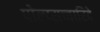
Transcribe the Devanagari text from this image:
पोल्य्सच्चारिदे